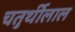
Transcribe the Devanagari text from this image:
चतुर्थीलाल